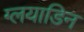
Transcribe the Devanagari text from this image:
ग्लयाडिन